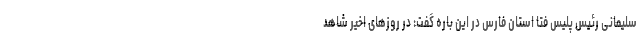
سلیمانی رئیس پلیس فتا استان فارس در این باره گفت: در روزھای اخیر شاھد